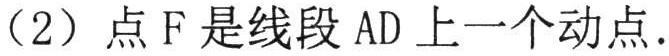
（2）点\(F\)是线段\(AD\)上一个动点.